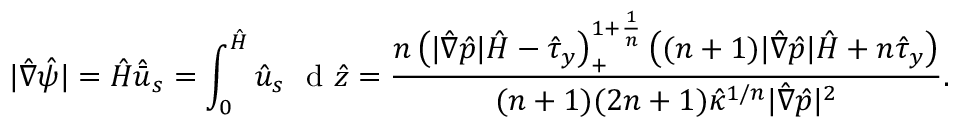
| \hat { \nabla } \hat { \psi } | = \hat { H } \hat { \bar { u } } _ { s } = \int _ { 0 } ^ { \hat { H } } \hat { u } _ { s } ~ \mathrm { ~ d ~ } \hat { z } = \frac { \displaystyle { n \left( | \hat { \nabla } \hat { p } | \hat { H } - \hat { \tau } _ { y } \right) _ { + } ^ { 1 + \frac { 1 } { n } } \left( ( n + 1 ) | \hat { \nabla } \hat { p } | \hat { H } + n \hat { \tau } _ { y } \right) } } { ( n + 1 ) ( 2 n + 1 ) \hat { \kappa } ^ { 1 / n } | \hat { \nabla } \hat { p } | ^ { 2 } } .